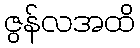
ဇွန်လအထိ